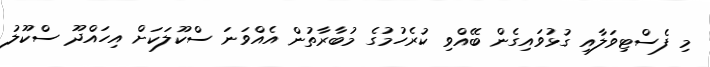
މި ފެސްޓިވަލާއި ގުޅުވައިގެން ބޭއްވި ކުރެހުމުގެ މުބާރާތުން އެއްވަނަ ސްކޫލަކަށް އިހައްދޫ ސްކޫލު